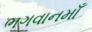
ભગવાનમાઁ